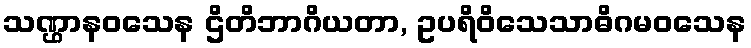
သဏ္ဌာနဝသေန ဌိတိဘာဂိယတာ, ဥပရိဝိသေသာဓိဂမဝသေန